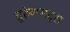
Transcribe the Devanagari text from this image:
तुरुंगसदृश